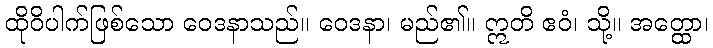
ထိုဝိပါက်ဖြစ်သော ဝေဒနာသည်။ ဝေဒနာ၊ မည်၏။ ဣတိ ဧဝံ၊ သို့။ အတ္ထော၊